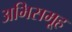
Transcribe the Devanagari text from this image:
अभिसमूह